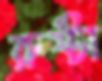
রুষ্টা